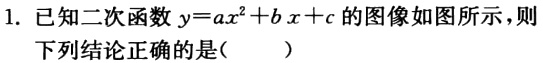
1. 已知二次函数\(y = ax^{2}+bx + c\)的图像如图所示，则
下列结论正确的是( )